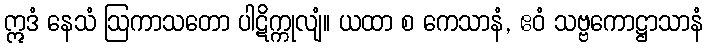
ဣဒံ နေသံ ဩကာသတော ပါဋိက္ကုလျံ။ ယထာ စ ကေသာနံ, ဧဝံ သဗ္ဗကောဋ္ဌာသာနံ